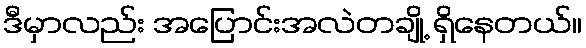
ဒီမှာလည်း အပြောင်းအလဲတချို့ ရှိနေတယ်။